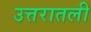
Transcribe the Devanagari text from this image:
उत्तरातली